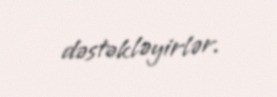
dəstəkləyirlər.